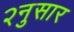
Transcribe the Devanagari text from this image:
२नुसार